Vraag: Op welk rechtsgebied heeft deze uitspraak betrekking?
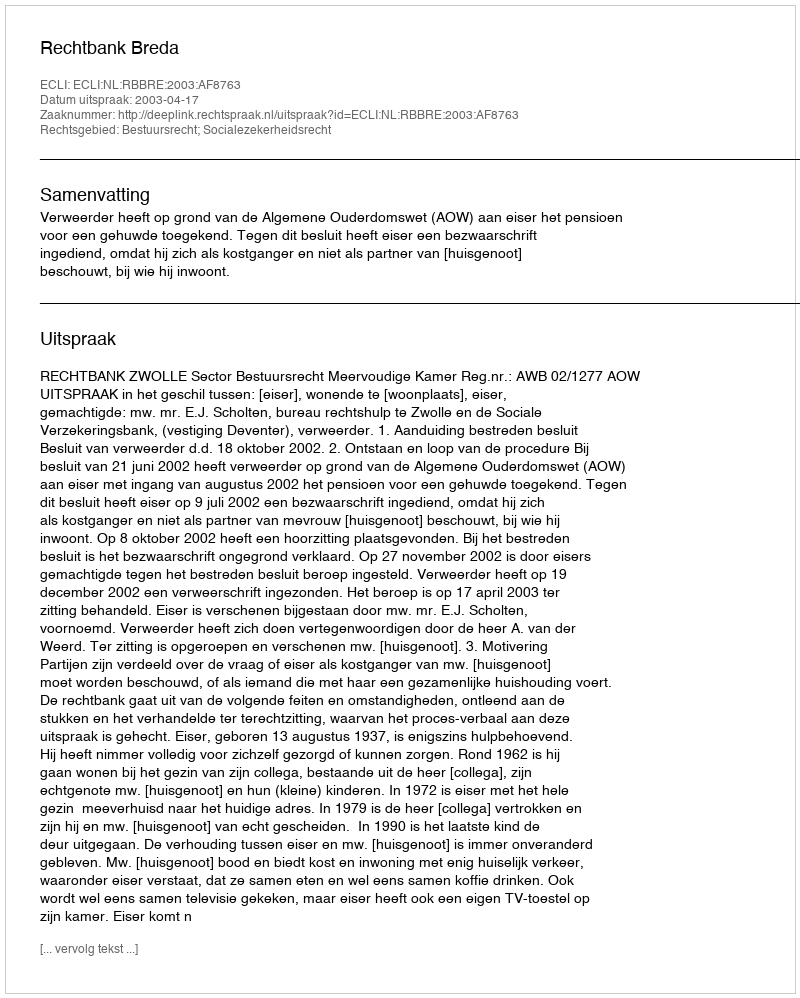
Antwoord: Bestuursrecht; Socialezekerheidsrecht